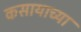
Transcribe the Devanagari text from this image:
कसायाच्या